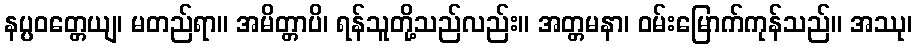
နပ္ပဝတ္တေယျ၊ မတည်ရာ။ အမိတ္တာပိ၊ ရန်သူတို့သည်လည်း။ အတ္တမနာ၊ ဝမ်းမြောက်ကုန်သည်။ အဿု၊